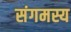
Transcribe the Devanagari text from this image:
संगमस्य